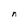
Character: n